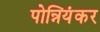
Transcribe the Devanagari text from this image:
पोन्नियंकर